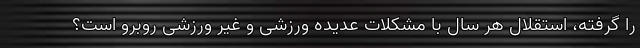
را گرفته، استقلال هر سال با مشکلات عدیده ورزشی و غیر ورزشی روبرو است؟